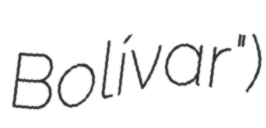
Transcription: Bolívar")